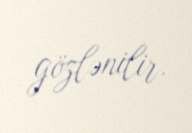
gözlənilir.